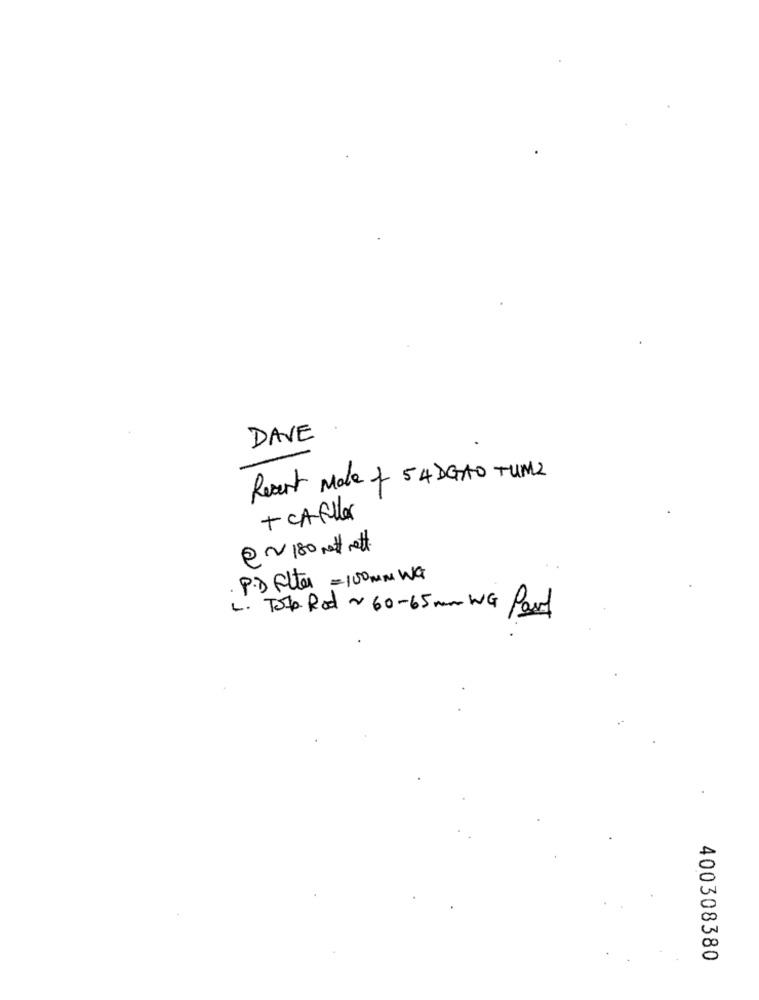
DAVE
Reart Male 4 54 DGTTO TUM2
+ CAFUlar
e2v 180 nett rett
P.D Filter = 100mm Wa
L. Tota Rod ~ 60-65 mm WG Part
400308380